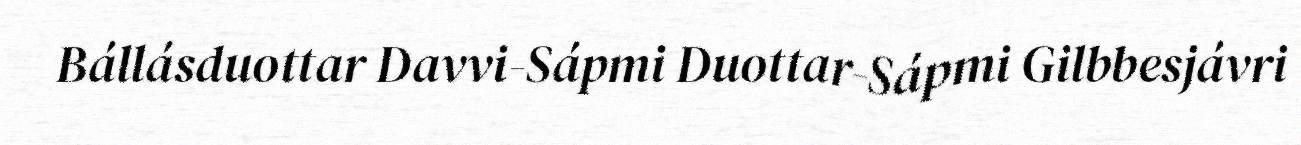
Bállásduottar Davvi-Sápmi Duottar-Sápmi Gilbbesjávri